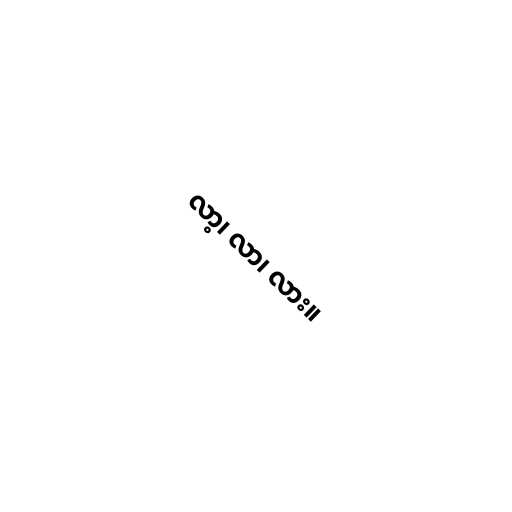
လာ့၊ လာ၊ လား။